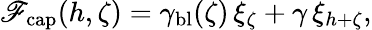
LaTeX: \mathscr{F}_{\mathrm{{cap}}}(h,\zeta)=\gamma_{\mathrm{{bl}}}(\zeta)\, \xi_{\zeta}+\gamma\, \xi_{h+\zeta},